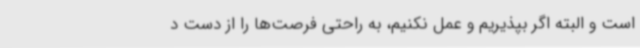
است و البته اگر بپذیریم و عمل نکنیم، به راحتی فرصت‌ها را از دست د